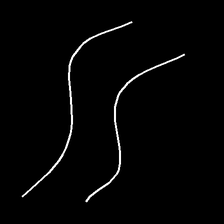
Glyph: float